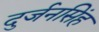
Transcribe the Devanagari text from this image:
दुर्जनसिंह